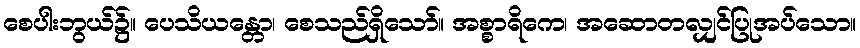
စေပါးဘွယ်၌။ ပေသိယန္တော၊ စေသည်ရှိသော်။ အစ္စာရိကေ၊ အဆောတလျှင်ပြုအပ်သော။